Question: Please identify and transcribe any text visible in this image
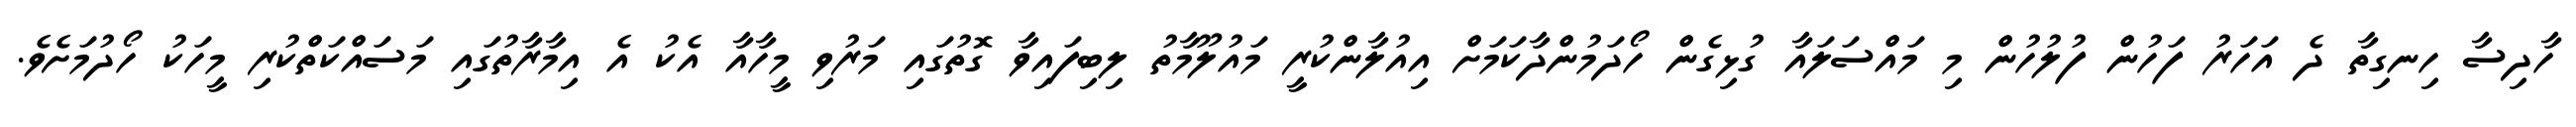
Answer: ހާދިސާ ހިނގިތާ ދެ އަހަރު ފަހުން ފުލުހުން މި މައްސަލައާ ގުޅިގެން ހޯދަމުންދާކަމަށް އިއުލާންކުރީ މައުލޫމާތު ލިބިފައިވާ ގޮތުގައި މަރުވި މީހާއާ އެކު އެ އިމާރާތުގައި މަސައްކަތްކުރި މީހަކު ހޯދުމަށެވެ.